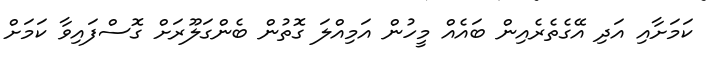
ކަމަށާއި އަދި އޭގެތެރެއިން ބައެއް މީހުން އަމިއްލަ ގޮތުން ބެންގަލޫރަށް ގޮސްފައިވާ ކަމަށް